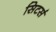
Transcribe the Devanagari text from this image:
सिटर्स